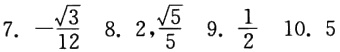
7. \(-\frac{\sqrt{3}}{12}\) 8. \(2,\frac{\sqrt{5}}{5}\) 9. \(\frac{1}{2}\) 10. \(5\)